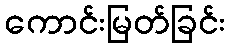
ကောင်းမြတ်ခြင်း